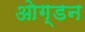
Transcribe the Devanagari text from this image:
ओग्डन